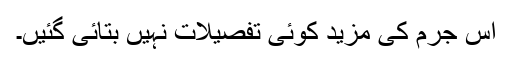
اس جرم کی مزید کوئی تفصیلات نہیں بتائی گئیں۔